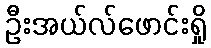
ဦးအယ်လ်ဖောင်းရှို